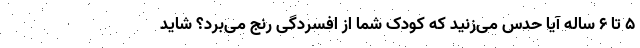
۵ تا ۶ ساله آیا حدس می‌زنید که کودک شما از افسردگی رنج می‌برد؟ شاید